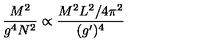
{ \frac { M ^ { 2 } } { g ^ { 4 } N ^ { 2 } } } \propto { \frac { M ^ { 2 } L ^ { 2 } / 4 \pi ^ { 2 } } { ( g ^ { \prime } ) ^ { 4 } } }